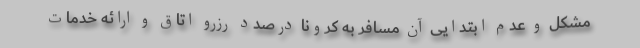
مشکل و عدم ابتدایی آن مسافر به کرونا درصدد رزرو اتاق و ارائه خدمات